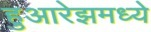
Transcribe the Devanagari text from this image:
हुआरेझमध्ये